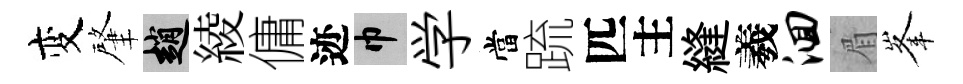
变肇趙綾傭迹巾学當䟽匹主縫羲洄眉峯